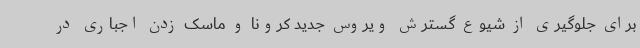
برای جلوگیری از شیوع گسترش ویروس جدید کرونا و ماسک زدن اجباری در